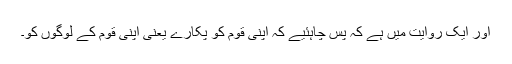
اور ایک روایت میں ہے کہ پس چاہئیے کہ اپنی قوم کو پکارے یعنی اپنی قوم کے لوگوں کو۔